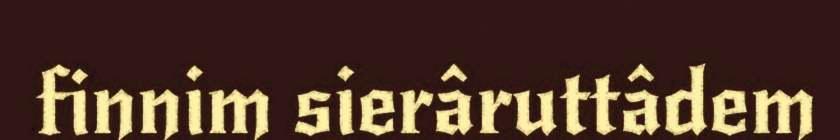
finnim sierâruttâdem